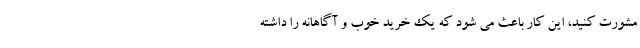
مشورت کنید، این کار باعث می شود که یک خرید خوب و آگاهانه را داشته